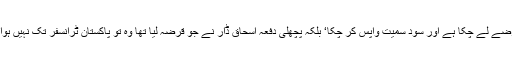
پاکستان اب تک تقریباً چودہ کے قریب آئی ایم ایف سے پروگرام یا قرضے لے چکا ہے اور سود سمیت واپس کر چکا‘ بلکہ پچھلی دفعہ اسحاق ڈار نے جو قرضہ لیا تھا وہ تو پاکستان ٹرانسفر تک نہیں ہوا تھا بلکہ آئی ایم ایف نے اپنے پرانے قرضوں میں ایڈجسٹ کر لیا تھا۔